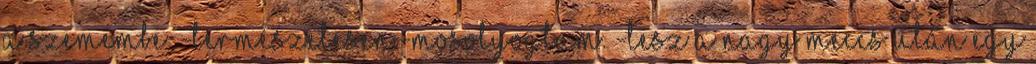
a szemembe. -Természetesen.-mosolyogtam. -Lesz a nagy meccs után egy